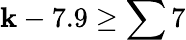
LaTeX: \mathbf{k}-7.9\geq\sum7